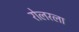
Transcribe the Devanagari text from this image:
रोलरला